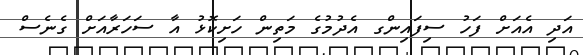
އަދި އެއަށް ފަހު ސިފައިންގ އެދުމުގެ މަތިން ހަށިކޮޅު އާ ސަހަރާއަށް ގެނެސް